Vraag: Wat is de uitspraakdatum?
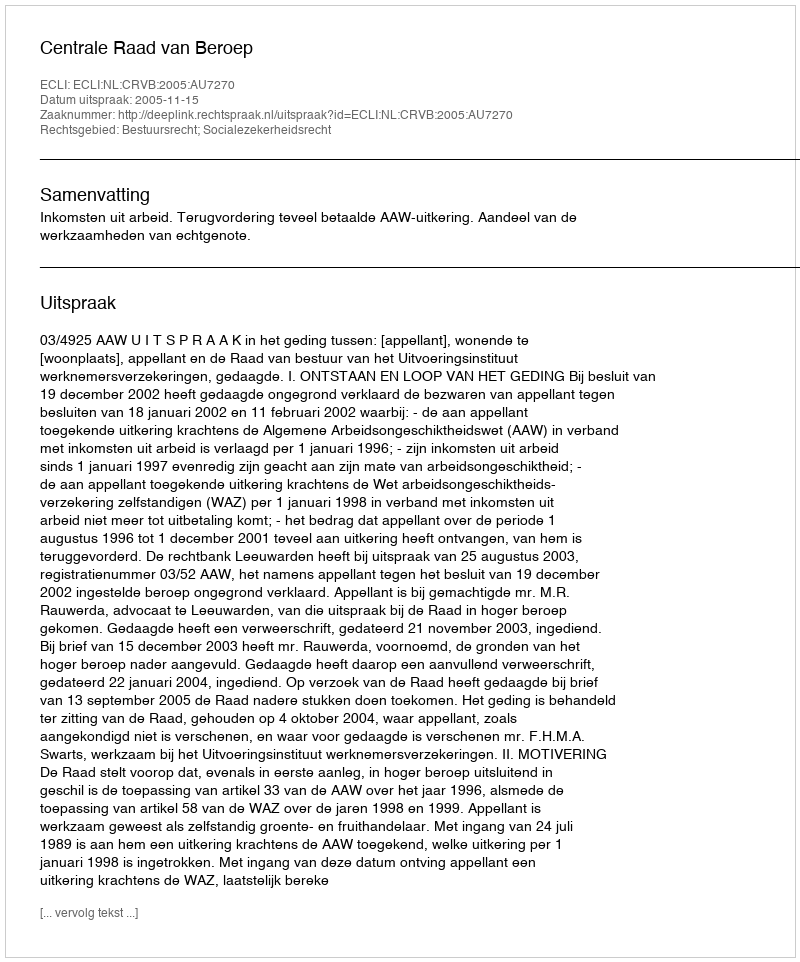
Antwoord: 2005-11-15